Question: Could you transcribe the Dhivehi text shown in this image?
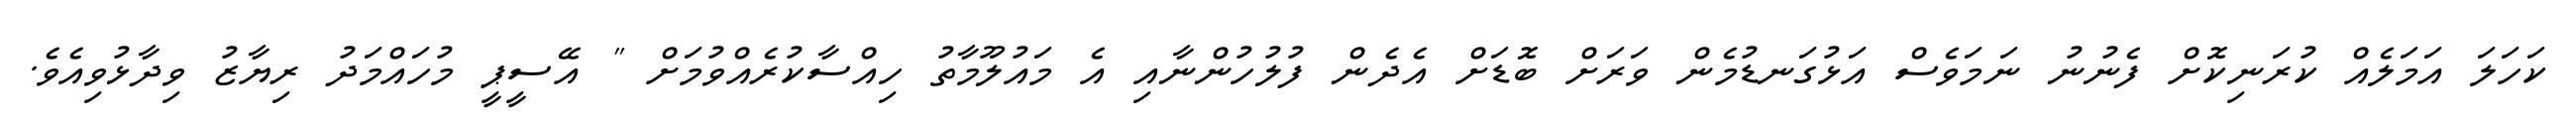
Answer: ކަހަލަ އަމަލެއް ކުރަނިކޮށް ފެނުނު ނަމަވެސް އަޅުގަނޑުމެން ވަރަށް ބޮޑަށް އެދެން ފުލުހުންނާއި އެ މައުލޫމާތު ހިއްސާކުރެއްވުމަށް " އޭސީޕީ މުހައްމަދު ރިޔާޒު ވިދާޅުވިއެވެ.